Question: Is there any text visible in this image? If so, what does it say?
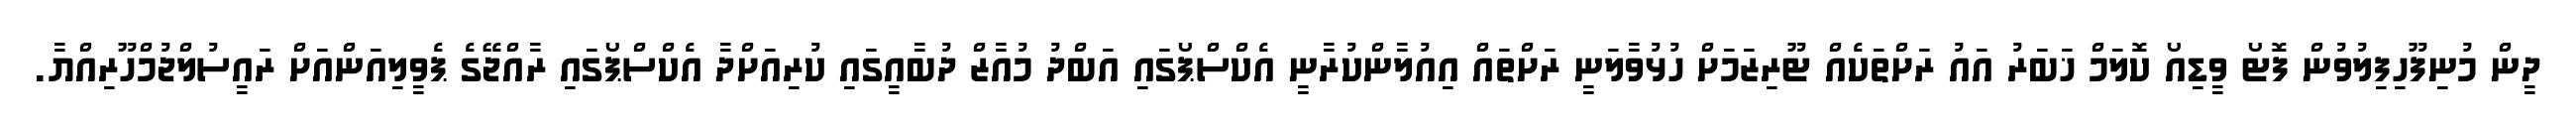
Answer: ދީން މުނިފޫހިފިލުވުން ފޮޓޯ ވީޑިއޯ ކޮލަމް ޚަބަރު އައު ރަށްތަކެއް ޓޫރިޒަމަށް ހުޅުވާލަނީ ރަށްތައް އިއުލާންކުރާނީ އެކްސްޕޯގައި އަބްދު މުއާޒް ދުބާއީގައި ކުރިއަށްދާ އެކްސްޕޯގައި ރާއްޖޭގެ ޕެވީލިއަންއަށް ރައީސުލްޖުމްހޫރިއްޔާ.